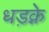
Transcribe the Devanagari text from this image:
धड़क्ने